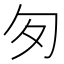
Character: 匇